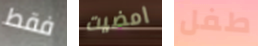
فقط امضيت طفل